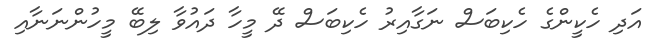
އަދި ހެކީންގެ ހެކިބަސް ނަގާއިރު ހެކިބަސް ދޭ މީހާ ދައުވާ ލިބޭ މީހުންނަނާއި